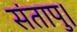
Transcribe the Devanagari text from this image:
संतापु।